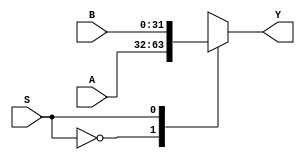
`timescale 1ns / 1ps
//////////////////////////////////////////////////////////////////////////////////
// Company: 
// Engineer: 
// 
// Design Name: 
// Module Name: MUX2X32
// Project Name: 
// Target Devices: 
// Tool Versions: 
// Description: 
// 
// Dependencies: 
// 
// Revision:
// Revision 0.01 - File Created
// Additional Comments:
// 
//////////////////////////////////////////////////////////////////////////////////


module MUX2X32(A,B,S,Y);
input [31:0]A,B;
input S;
output [31:0]Y;
function [31:0]select;
    input [31:0]A,B;
    input S;
    case(S)
        1'b0:select=A;
        1'b1:select=B;
    endcase
endfunction
assign Y=select(A,B,S);
endmodule